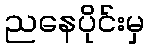
ညနေပိုင်းမှ